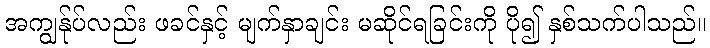
အကျွန်ုပ်လည်း ဖခင်နှင့် မျက်နှာချင်း မဆိုင်ရခြင်းကို ပို၍ နှစ်သက်ပါသည်။